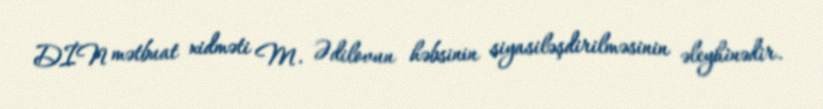
DİN mətbuat xidməti M. Ədilovun həbsinin siyasiləşdirilməsinin əleyhinədir.